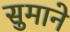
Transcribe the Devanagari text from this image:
सुमाने